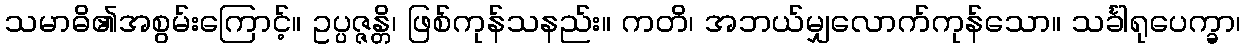
သမာဓိ၏အစွမ်းကြောင့်။ ဥပ္ပဇ္ဇန္တိ၊ ဖြစ်ကုန်သနည်း။ ကတိ၊ အဘယ်မျှလောက်ကုန်သော။ သင်္ခါရုပေက္ခာ၊